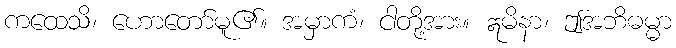
ကထေသိ၊ ဟောတော်မူ၏။ အမှာကံ၊ ငါတို့အား။ ဣမိနာ၊ ဤအဘိဓမ္မာ